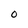
Character: O